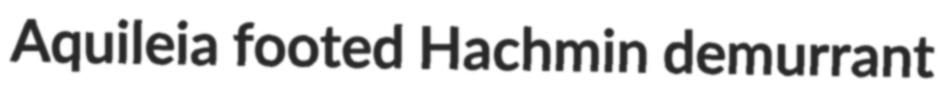
Aquileia footed Hachmin demurrant